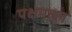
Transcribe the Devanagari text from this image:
पक्षमल्ल